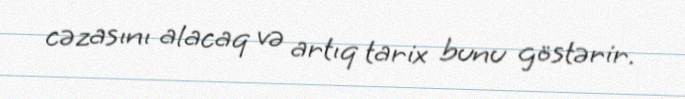
cəzasını alacaq və artıq tarix bunu göstərir.